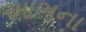
આભના